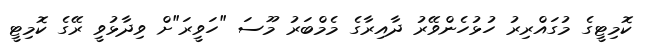
ކޮމިޓީގެ މުގައްރިރު ހުޅުހެންވޭރު ދާއިރާގެ މެމްބަރު މޫސަ "ހަވީރަ"ށް ވިދާޅުވީ ރޭގެ ކޮމިޓީ